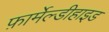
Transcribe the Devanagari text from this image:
फ़ार्मेल्डीहाइड